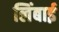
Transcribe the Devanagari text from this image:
लिंबाई